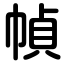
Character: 幀